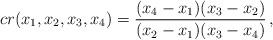
LaTeX: \begin{align*} cr(x_1,x_2,x_3,x_4)=\frac{(x_4-x_1)(x_3-x_2)}{(x_2-x_1)(x_3-x_4)}\,,\end{align*}